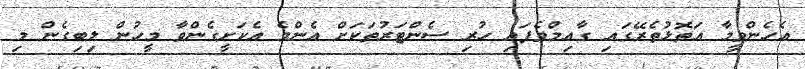
އެހެންވީމާ އަތޮޅުތެރޭގައި ގާއިމްވެފައި ހުރި ސެންޓަރުތަކަށް އެންމެ އެކަށީގެންވާ މީހުން ލިބިގެން މި